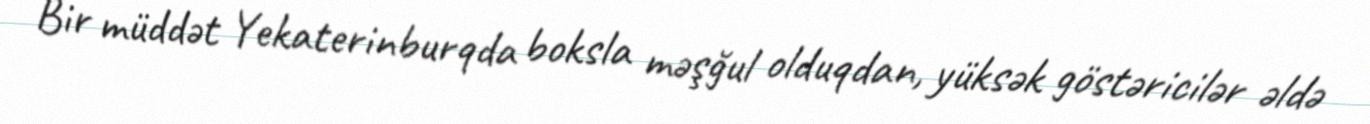
Bir müddət Yekaterinburqda boksla məşğul olduqdan, yüksək göstəricilər əldə